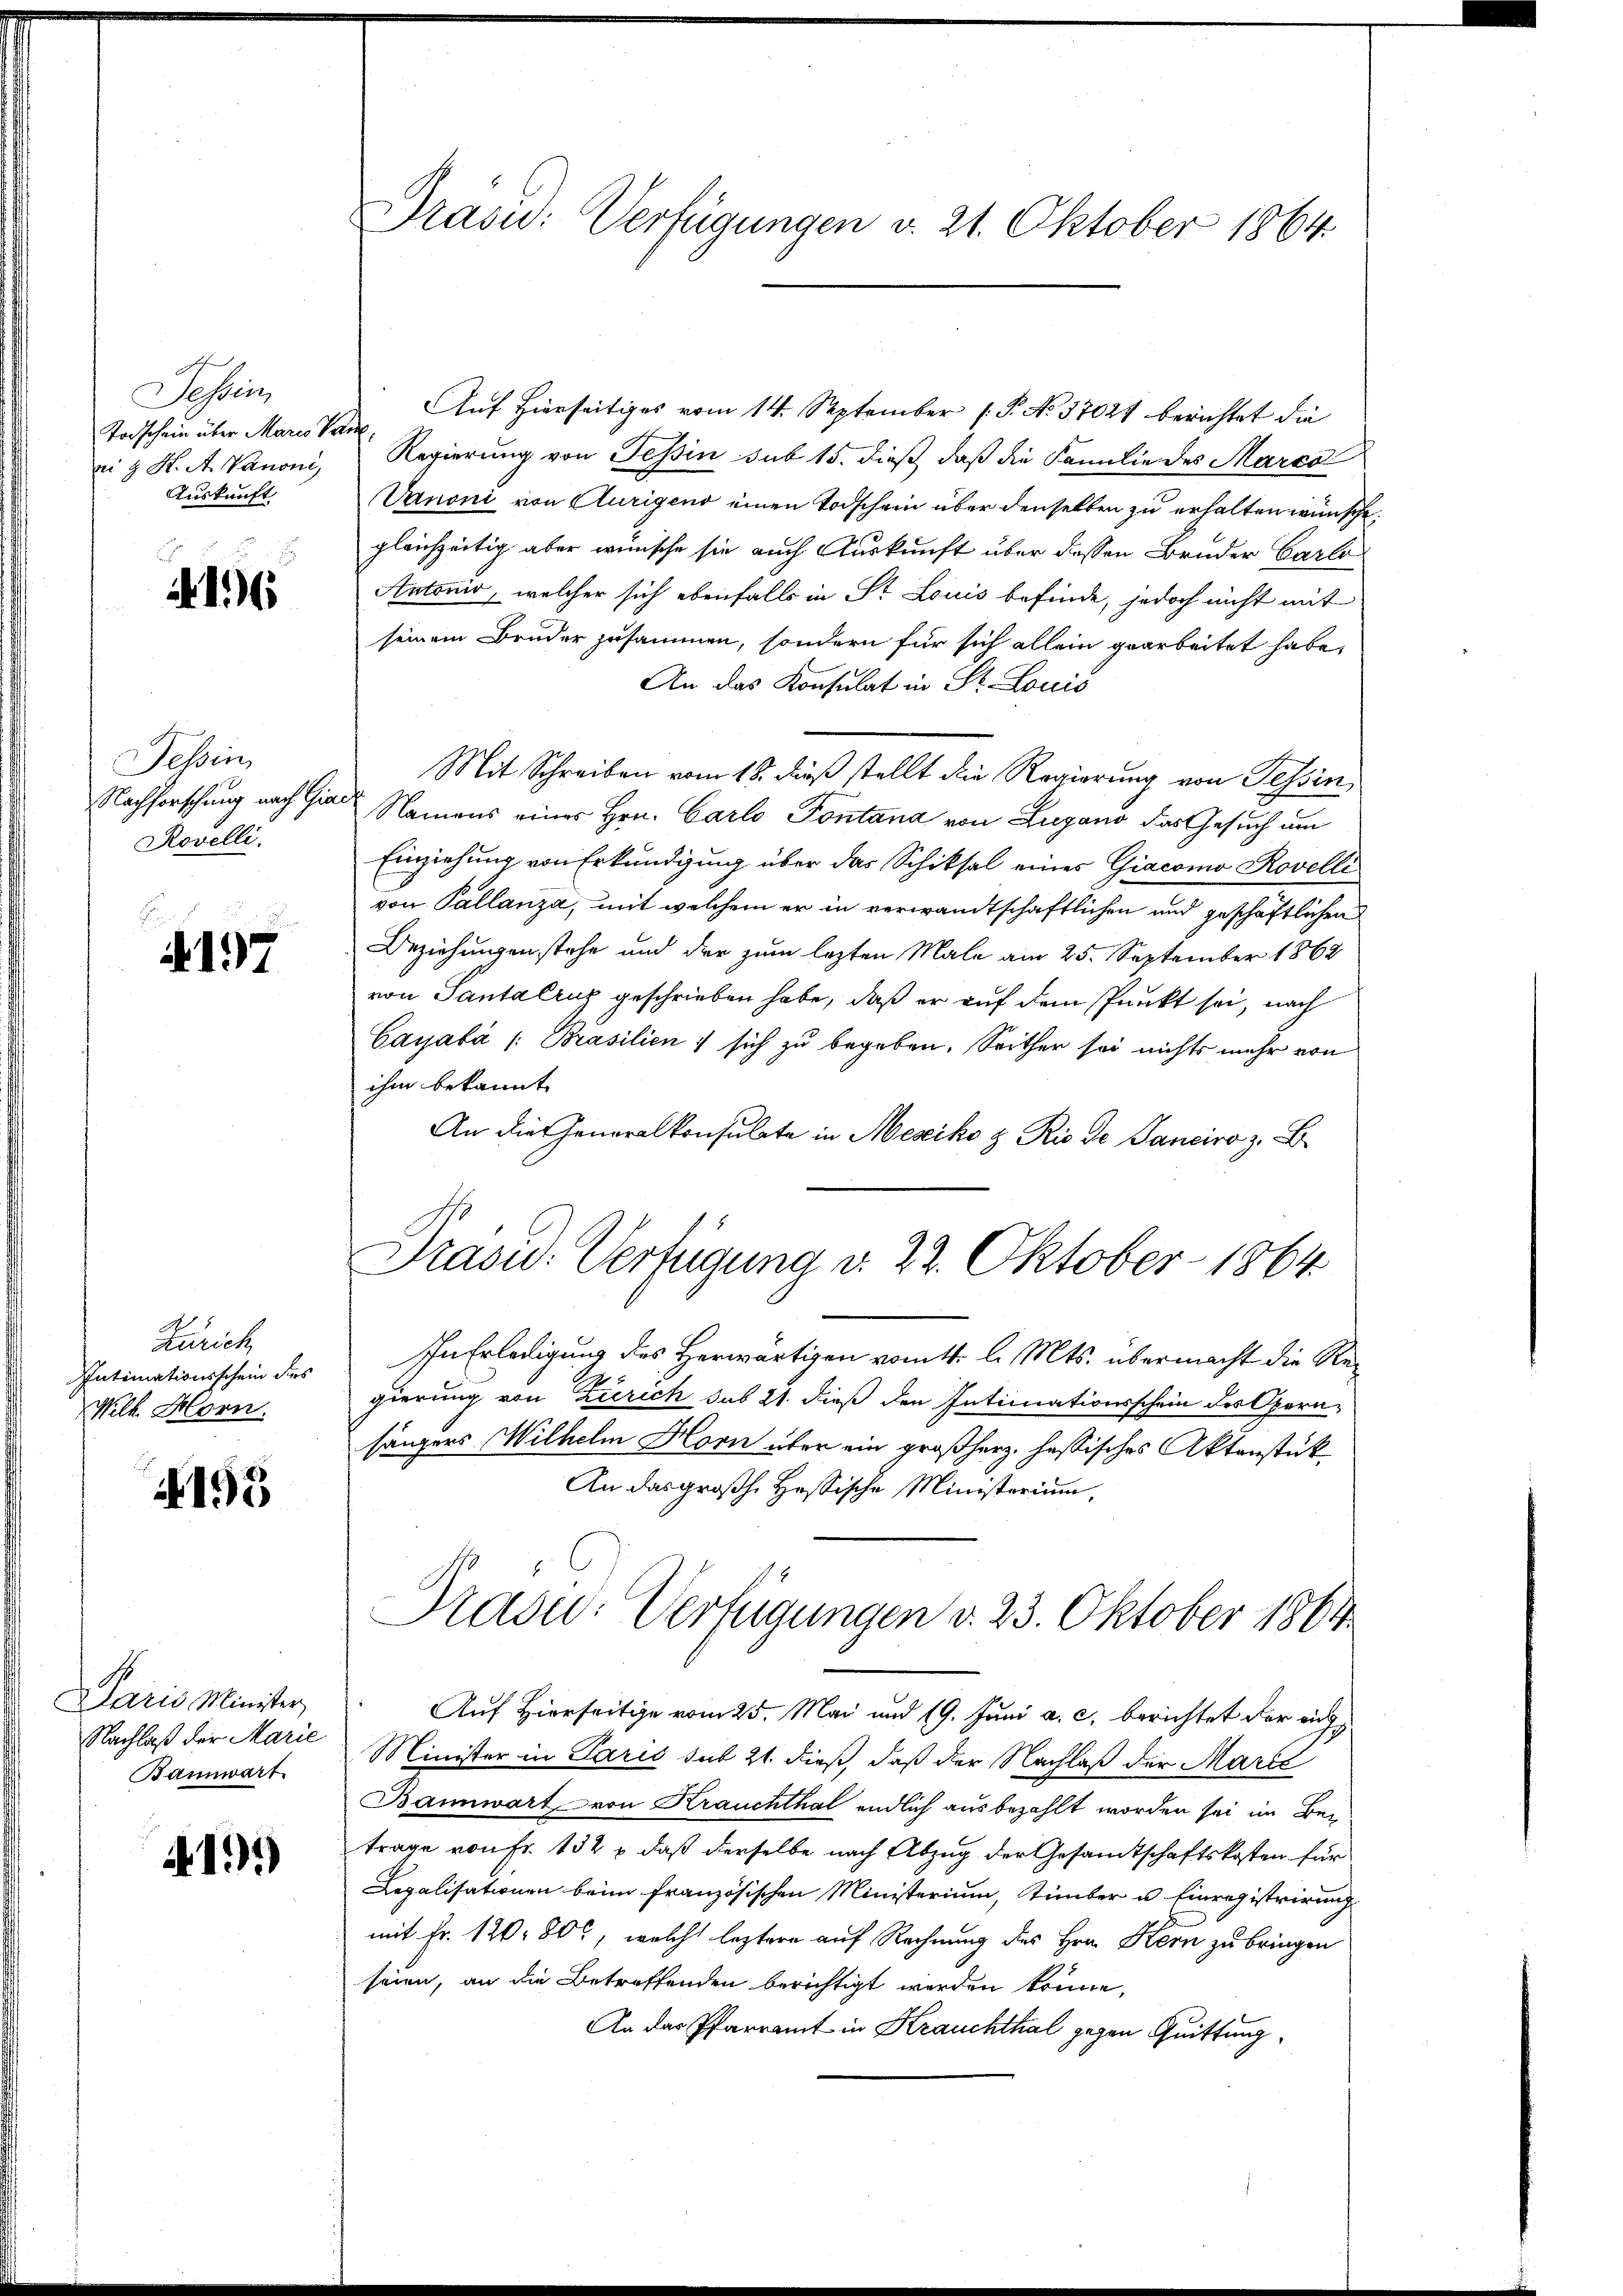
Tessin,
Todschein über Marie Van
Auskunft

16

Tessin
Rovelli.

E
197

Zürich
Intimationsschein dies
Welk Horn.

4195

Paris Minister
Nachlaß der Marie
Bannwart.

419.

Präsid.: Verfügungen v. 21. Oktober 1864

Auf hierseitiges vom 14. September (T. No. 37021 berichtet die
ei & K. A. Vanoni, Regierŭng von Tessin sub 15. dieβ, daß die Familie des Marks
Vanoni von Aurigend einen Todschein über denselben zu erhalten wünsche.
gleichzeitig aber wünsche sie auch Auskunft über dessen Bruder Carlo
Antonio, welcher sich ebenfalls in Str. Louis befinde, jedoch nicht mit
seinem Bruder zusammen, sondern für sich allein gearbeitet habe,
An das Konsulat in St. Louis
Mit Schreiben vom 18. dieß stellt die Regierung von Tessin
Nachforschung nach Gier Namens eines Hrn. Carlo Fontana von Lugano das Gesuch um
Einziehung von Erkundigung über das Schiksal eines Giacomo Rovelli
von Pallanza, mit welchem er in verwandtschaftlichen und geschäftlichen
Beziehungen stehe und der zum lezten Male am 25. September 1862
von Santa Cruz geschrieben habe, daß er auf dem Punkt sei, nach
Cayabá /: Brasilien sich zu begeben. Seither sei nichts mehr von
ihm bekannt
An die Generalkonsulate in Mesiko z. Rio de Sanciro z. B
Stasu: Verfügung v. 22. Oktober 1864.
In Erledigung des Herwärtigen vom 4. l. Mts. übermacht die Regierung von Zürich sub 21. dieß den Intimationsschein des Operasängers Wilhelm Horn über ein großherz. hassisches Aktenstück
An das großh. Hassische Ministerium,
Präsid.: Verfügungen d. 23. Oktober 1864
Auf Hierseitige vom 25. Mai und 19. Juni a. c. berichtet der einge
Minister in Paris sub 21. dieß, daß der Nachlaß der Marie
Bannwart von Krauchthal endlich ausbezahlt worden sei im Bei
trage von Fr. 132 & daß derselbe nach Abzug der Gesandtschaftskosten für
Legalisationen beim französischen Ministerium, Timber u. Einregistrirung
mit Fr. 120, 80, welche leztere auf Rechnung des Hrn. Kern zu bringen
seien, an die Betreffenden berichtigt werden könne,
An das Pfarramt in Krauchthal gegen Quittung